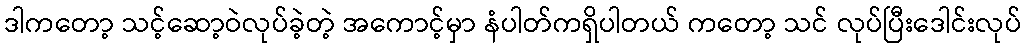
ဒါကတော့ သင့်ဆော့ဝဲလုပ်ခဲ့တဲ့ အကောင့်မှာ နံပါတ်ကရှိပါတယ် ကတော့ သင် လုပ်ပြီးဒေါင်းလုပ်